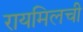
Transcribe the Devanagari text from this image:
रायमिलची